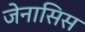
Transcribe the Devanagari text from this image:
जेनासिस